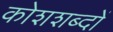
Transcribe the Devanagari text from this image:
कोशशब्दों